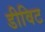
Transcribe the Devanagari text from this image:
डीविट